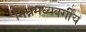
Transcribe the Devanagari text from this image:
निम्नमध्यवर्गीय